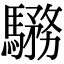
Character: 𩥎